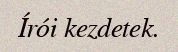
Írói kezdetek.